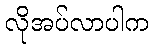
လိုအပ်လာပါက